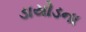
ડાયોડના